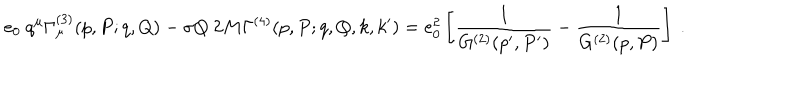
e _ { 0 } \ q ^ { \mu } \Gamma _ { \mu } ^ { ( 3 ) } ( p , P ; q , Q ) - \sigma Q \ 2 M \Gamma ^ { ( 4 ) } ( p , P ; q , Q , k , k ^ { \prime } ) = e _ { 0 } ^ { 2 } \left[ \frac { 1 } { G ^ { ( 2 ) } ( p ^ { \prime } , P ^ { \prime } ) } - \frac { 1 } { G ^ { ( 2 ) } ( p , P ) } \right] \ .